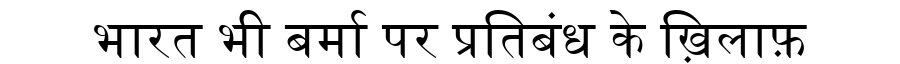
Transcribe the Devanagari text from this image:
भारत भी बर्मा पर प्रतिबंध के ख़िलाफ़